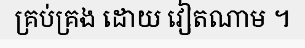
គ្រប់គ្រង ដោយ វៀតណាម ។